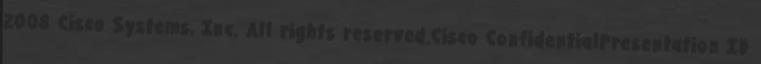
2008 Cisco Systems, Inc. All rights reserved.Cisco ConfidentialPresentation ID